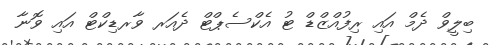
ބިލީވް ދެމް އައި ރިފުއްޒްޑް ޓު އެކްސެޕްޓް ދެއަރ ވާރޑިކްޓް އައި ވޮނާ